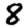
Digit: 8